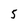
Character: 5